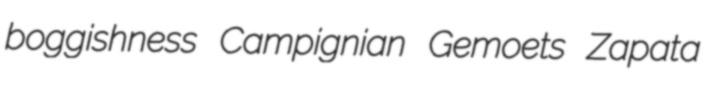
boggishness Campignian Gemoets Zapata